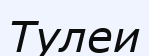
Тулеи